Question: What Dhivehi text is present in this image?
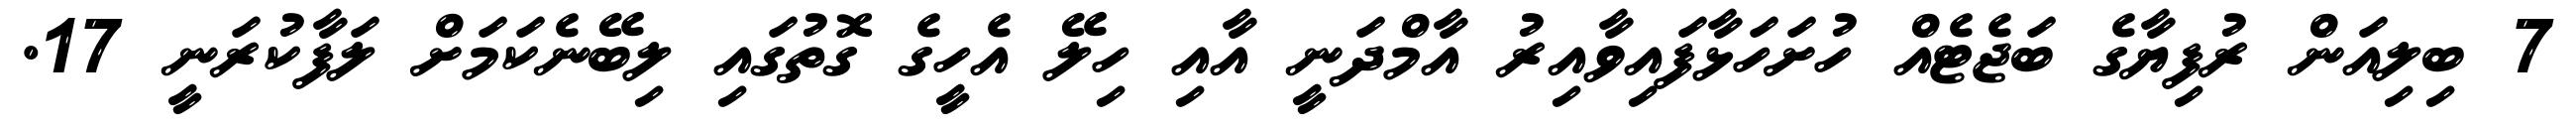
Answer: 7 ބިލިއަން ރުފިޔާގެ ބަޖެޓެއް ހުށަހަޅާފައިވާއިރު އާމްދަނީ އާއި ހިލޭ އެހީގެ ގޮތުގައި ލިބޭނެކަމަށް ލަފާކުރަނީ 17.